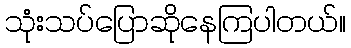
သုံးသပ်ပြောဆိုနေကြပါတယ်။